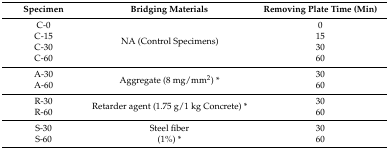
<table><thead><tr><td><b>Specimen</b></td><td><b>Bridging Materials</b></td><td><b>Removing Plate Time (Min)</b></td></tr></thead><tbody><tr><td>C-0</td><td rowspan="4">NA (Control Specimens)</td><td>0</td></tr><tr><td>C-15</td><td>15</td></tr><tr><td>C-30</td><td>30</td></tr><tr><td>C-60</td><td>60</td></tr><tr><td>A-30</td><td rowspan="2">Aggregate (8 mg/mm<sup>2</sup>) *</td><td>30</td></tr><tr><td>A-60</td><td>60</td></tr><tr><td>R-30</td><td rowspan="2">Retarder agent (1.75 g/1 kg Concrete) *</td><td>30</td></tr><tr><td>R-60</td><td>60</td></tr><tr><td>S-30</td><td>Steel fiber</td><td>30</td></tr><tr><td>S-60</td><td>(1%) *</td><td>60</td></tr></tbody></table>